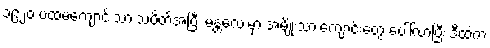
၁၉၂၀ ပထမကျောင်းသားသပိတ်အပြီး မန္တလေးမှာ အမျိုးသားကျောင်းတွေ ပေါ်လာပြီး ဒီထဲက